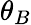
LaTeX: \theta_{B}